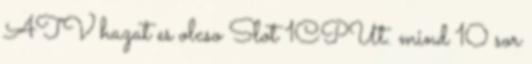
ATV hazat es olcso Slot 1CPUt. mind 10 sor